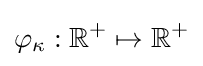
\varphi _{\kappa }:\mathbb {R} ^{+}\mapsto \mathbb {R} ^{+}